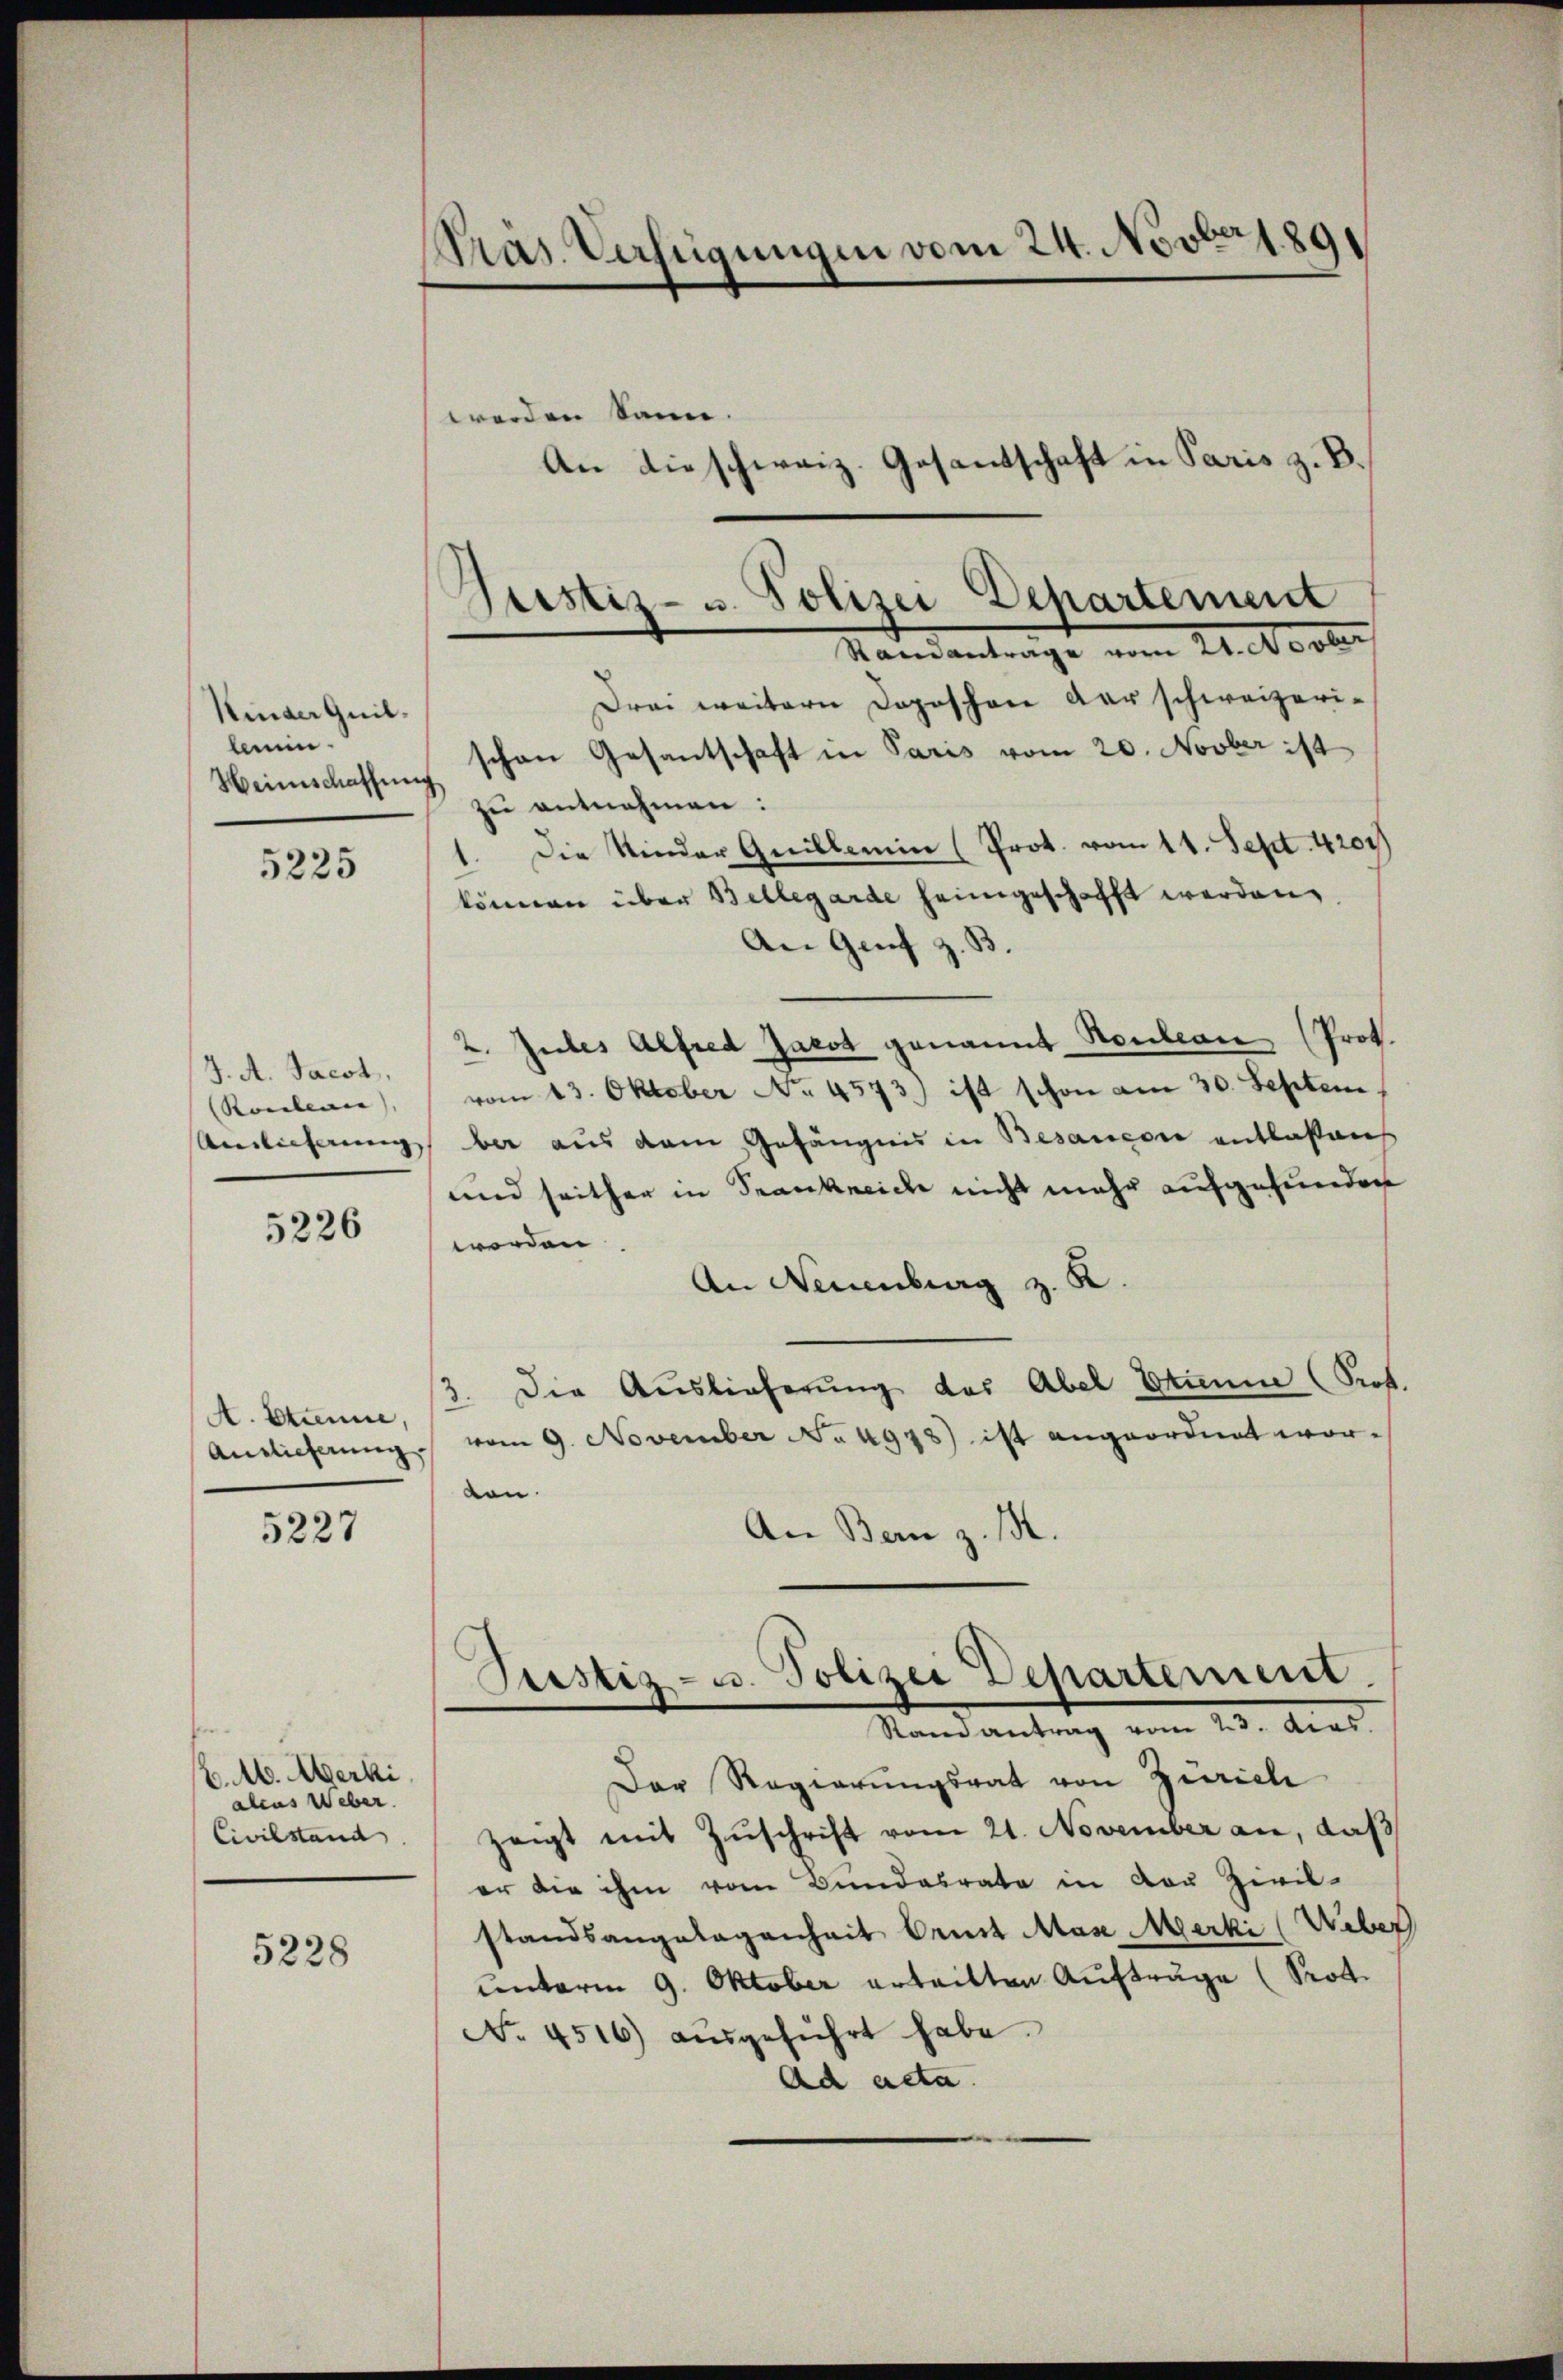
Kinder Quil.
lem.
Heimschaffung

5225

J. A. Jacot,
Ronban),
Auslieferung |

5226

A. Etienne,

5227

/. M. Aberki
alens Weber.
Civilstand

5228

Pras. Verfügungen vom 24. Nov. 189

werden kann.

An dieschweiz. Gesantschaft in Paris z. B.

Justiz- u. Polizei Dehartement
Mandantrage vom 24. dester

Drei weitern Doposchon der schweizerischen Gesantschaft in Paris vom 20. Novber ist
zu entnehmen:
Die Kinder Quillain (Prot. vom 11. Sept. 4204
können über Bellegarde heimgeschafft werden,
An Genf z. B.
2. Jules Alfred Jacot genannt Neubean (Prot.
vom 13. Oktober No. 4573) ist schon am 30. Septem
ber aus dem Gefängnis in Besaucore entlaßens
und seither in Frankreiche nicht mehr aufgefunden
worden.
An Neuenburg z. B.
3. Die Auslieferung der Abel Stimme (Prof.
Auslieferung / vom 9. November No. 4948) ist angeordnet wor-
en.
An Bern z. 15.
Prustiz- u. Polizei Departement.
Mandantung vom 23. Art.
Der Regierungsrat von Zürich
zeigt mit Zŭschrift vom 21. November an, daß
er die ihm vom Bundesrate in von Zivil-
standsangelegenheit Ermit Mase Merki (Weber
unterm 9. Oktober erteilten Aufträge (Prot.
No. 4516 aŭsgeführt habe.
ad acta.